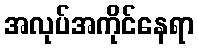
အလုပ်အကိုင်နေရာ